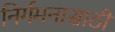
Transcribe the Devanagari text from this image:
निर्गमनासाठी